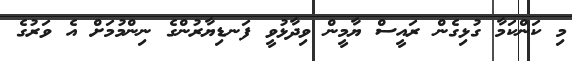
މި ކަންކަމާ ގުޅިގެން ރައީސް ޔާމީން ވިދާޅުވީ ފަނޑިޔާރުންގެ ނިންމުމަށް އެ ވަރުގެ